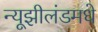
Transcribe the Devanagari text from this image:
न्यूझीलंडमधे